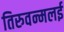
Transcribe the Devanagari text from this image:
तिरुवन्मलई